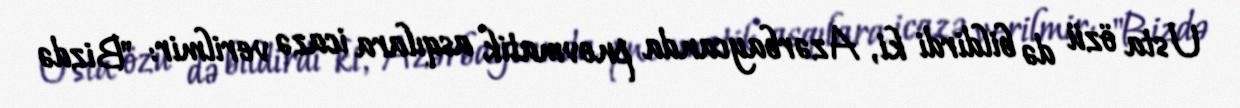
Usta özü də bildirdi ki, Azərbaycanda pnevmatik asqılara icazə verilmir: "Bizdə